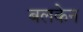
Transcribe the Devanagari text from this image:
बलकेन